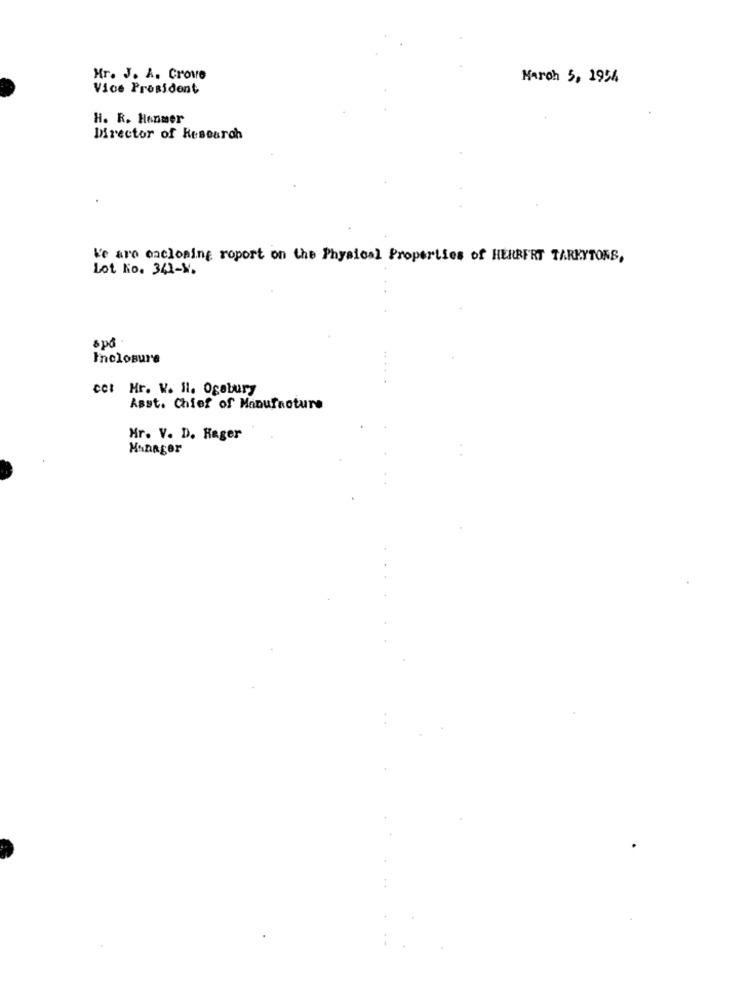
Mr. J. A. Grove
March 5, 1954
Vice President
H. R. Hanmer
Director of Research
Ve are enclosing roport on the Physical Properties of HERBERT TARKYTORS,
Lot No. 341-8.
spå
Inclosure
cet Hr. W. Il. Ogebury
Asst. Chief of Manufacture
Hr. V. D. Kager
Manager